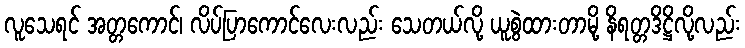
လူသေရင် အတ္တကောင်၊ လိပ်ပြာကောင်လေးလည်း သေတယ်လို့ ယူစွဲထားတာမို့ နိရတ္တဒိဋ္ဌိလို့လည်း